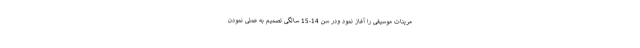
مرینات موسیقی را آغاز نمود ودر سن 14-15 سالگی تصمیم به عملی نمودن